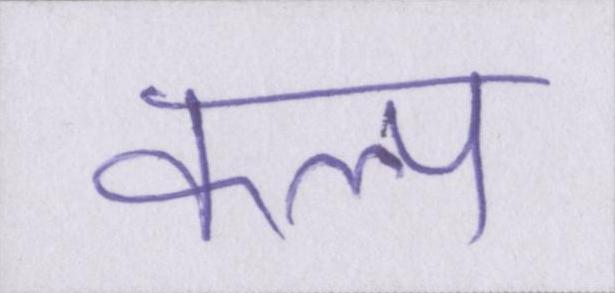
कल्प